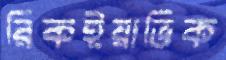
রিকইয়াভিক